Language: tamil
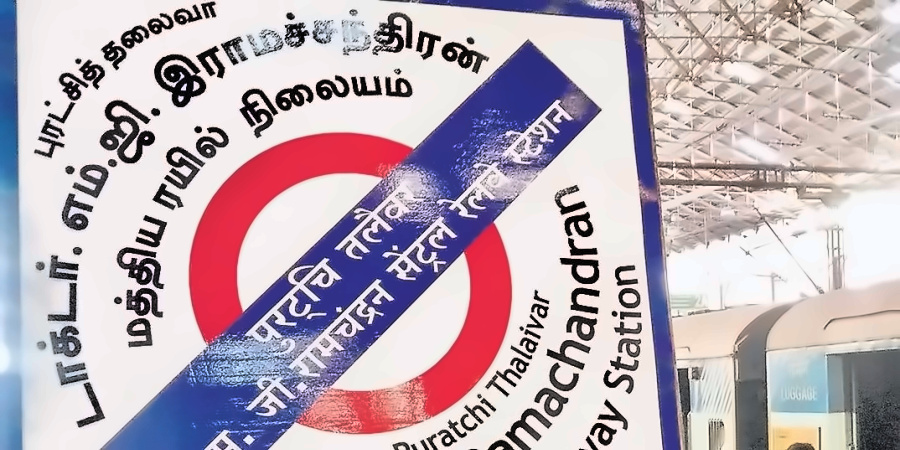
Transcription: புரட்சித் ரயில் ச்சந்திரன் இ நிலையம் தலைவா ஜி டாக்டா் எம் மத்திய